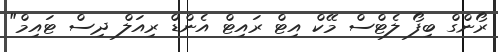
ރޯންގް ބިފޯ ލެޓްސް މޭކް އިޓް ރައިޓް އެންޑް ރިއަލް ދިސް ޓައިމް"